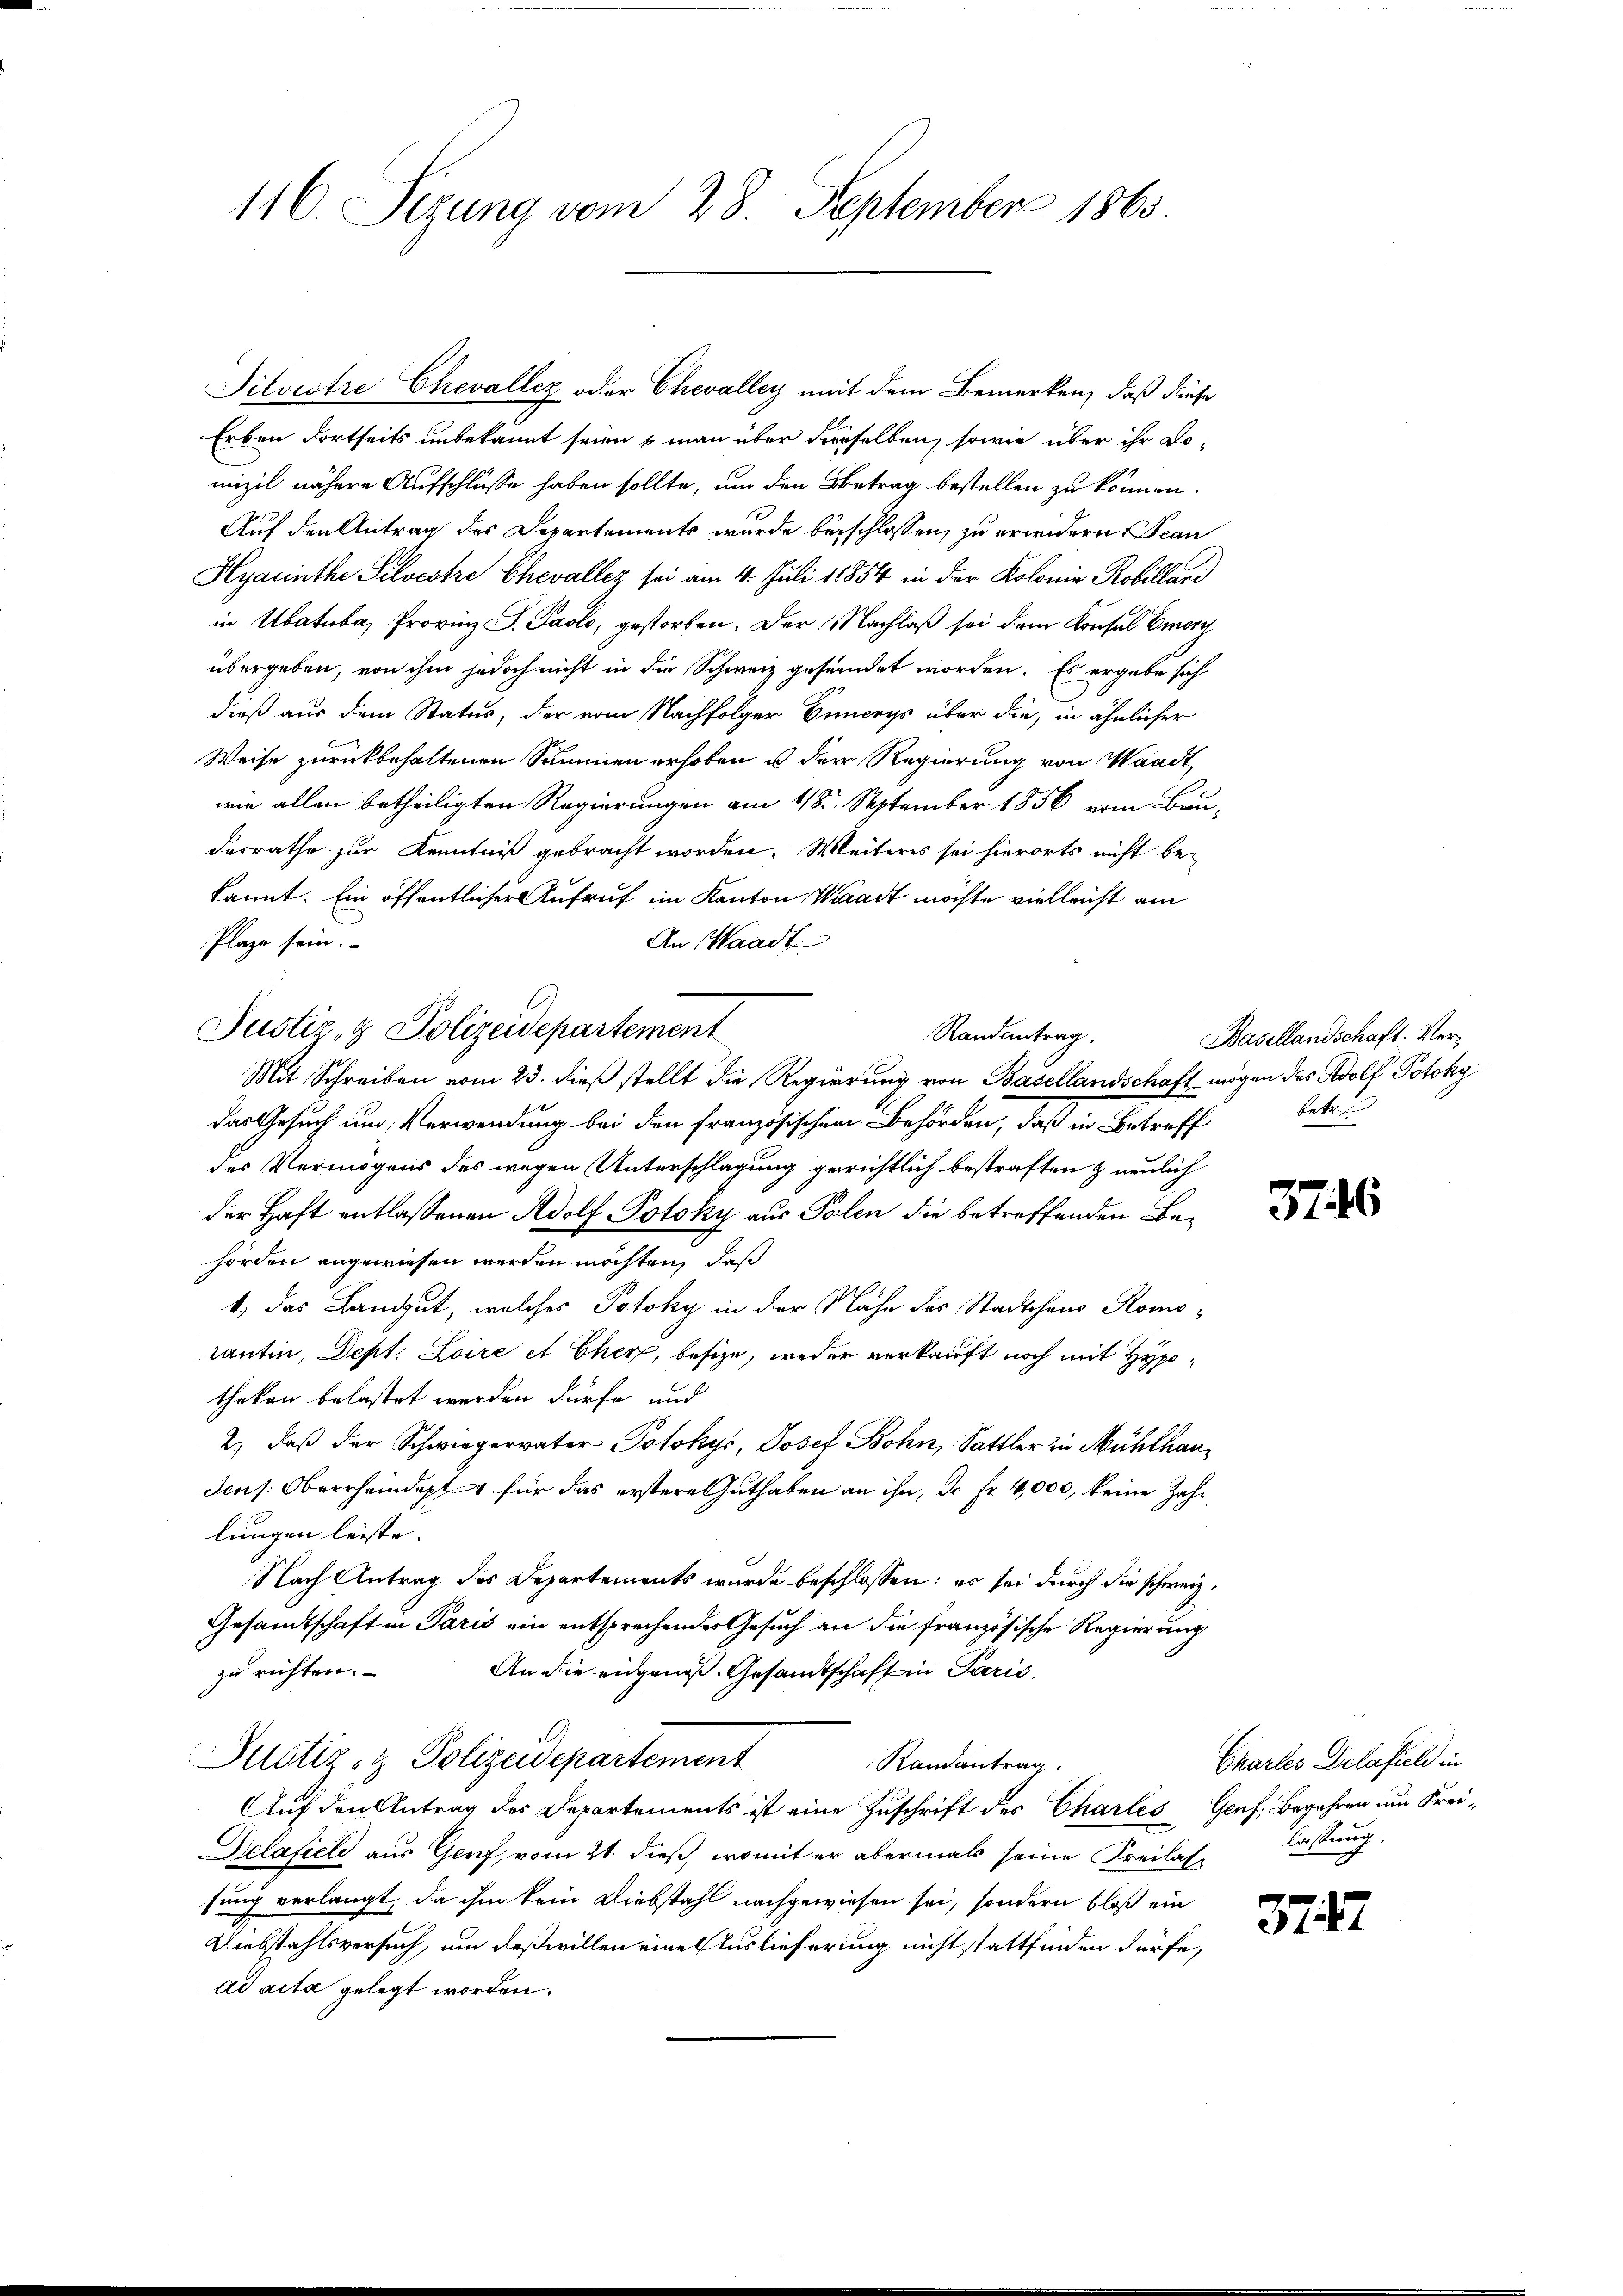
116. Sezung vom 28. September 1863

Silvestre Chevallez oder Chevalley mit dem Bemerken, daß diese

Justiz- & Polizeidepartement

Erben dortseits unbekannt seien s man über derselben, sowie über ihr Lomizil nähere Aufschlüsse haben sollte, um den Betrag bestellen zu können.
Auf den Antrag des Departements wurde beschlossen, zu erwidern Bean
Hyacinthe Silvestre Chevallez sei am 4. Juli 18854 in der Kolonie Robillari
in Ubatuba, Provinz S. Paolo, gestorben. Der Nachlaß sei dem Konsul morg
übergeben, von ihm jedoch nicht in die Schweiz gesendet worden. Es ergabe sich
dieß aus dem Status, der vom Nachfolger Venerys über die, in ähnlicher
Weise zurückbehaltenen Summen erhoben u der Regierung von Waadt,
wie allen betheiligten Regierungen am 118. September 1856 vom Bau-
desrathe zur Kenntniß gebracht worden. Weiteres sei hierorts nicht be-
kannt. Ein öffentlicher Aufruf im Kanton Waadt möchte vielleicht am
Plaze sein.
An Waadt
Mit Schreiben vom 23. dieß stellt die Regierung von Basellandschaft mögen des Adolf Potoky
das Gesuch und Verwendung bei den Französischen Behörden, daß in Betreff
des Vermögens des wegen Unterschlagung gerichtlich bestraften & neulich
der Haft entlassenen Adolf Potoky aus Polen die betreffenden Behörden angewiesen werden möchten, daß
1., das Landgut, welches Petoky in der Nähe des Stadtschen Romorantin, Dept. Loire et Cher, besize, weder verkauft noch mit Hypotheken belastet werden dürfe und
2) daß der Schwiegervater Potokys, Josef Bohn, Sattler in Mühlhau¬
Jens: Oberrheindept für das erstere Guthaben an ihn, de fr. 4,000, keine Zahlungen leiste. |
Nach Antrag des Departements wurde beschlossen: es sei durch die schweiz.
Gesandtschaft in Paris ein entsprechender Gesuch an die französische Regierung
zu richten.
An die eidgenoß. Gesandtschaft in Paris

Randantrag.

Delafiele aus Genf, vom 21. dieß, womit er abermals seine Freilas- lassung
sung verlangt, da ihm kein Diebstahl nachgewiesen sei, sondern bloß ein
Umbstahlsversuch, um deswillen eine Auslieferung nicht stattfinden dürfe,
ad acta gelegt worden.

Justiz- & Polizeidepartement
Randantrag.
Auf den Antrag des Departements ist eine Zuschrift des Chartes Genf. Begehren um Frei¬

Basellandschaft. Verbetr

376

Chartes Delafiel in

377